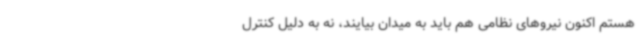
هستم اکنون نیروهای نظامی هم باید به میدان بیایند، نه به دلیل کنترل